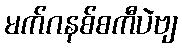
မက်ဂနစ်စကီပဲဗျ